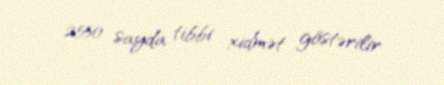
2550 sayda tibbi xidmət göstərilir.